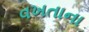
વખતાના